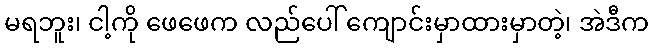
မရဘူး၊ ငါ့ကို ဖေဖေက လည်ပေါ် ကျောင်းမှာထားမှာတဲ့၊ အဲဒီက